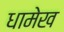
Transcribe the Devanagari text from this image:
धामेख